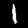
Label: 1